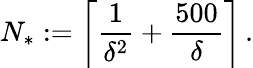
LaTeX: N_{*}:=\biggl\lceil\frac 1{\delta^{2}}+\frac{500}{\delta}\biggr\rceil\, .